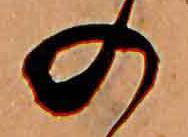
の